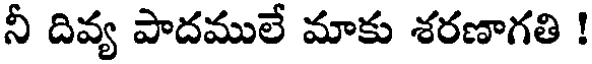
నీ దివ్య పాదములే మాకు శరణాగతి !